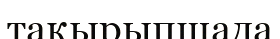
тақырыпшада